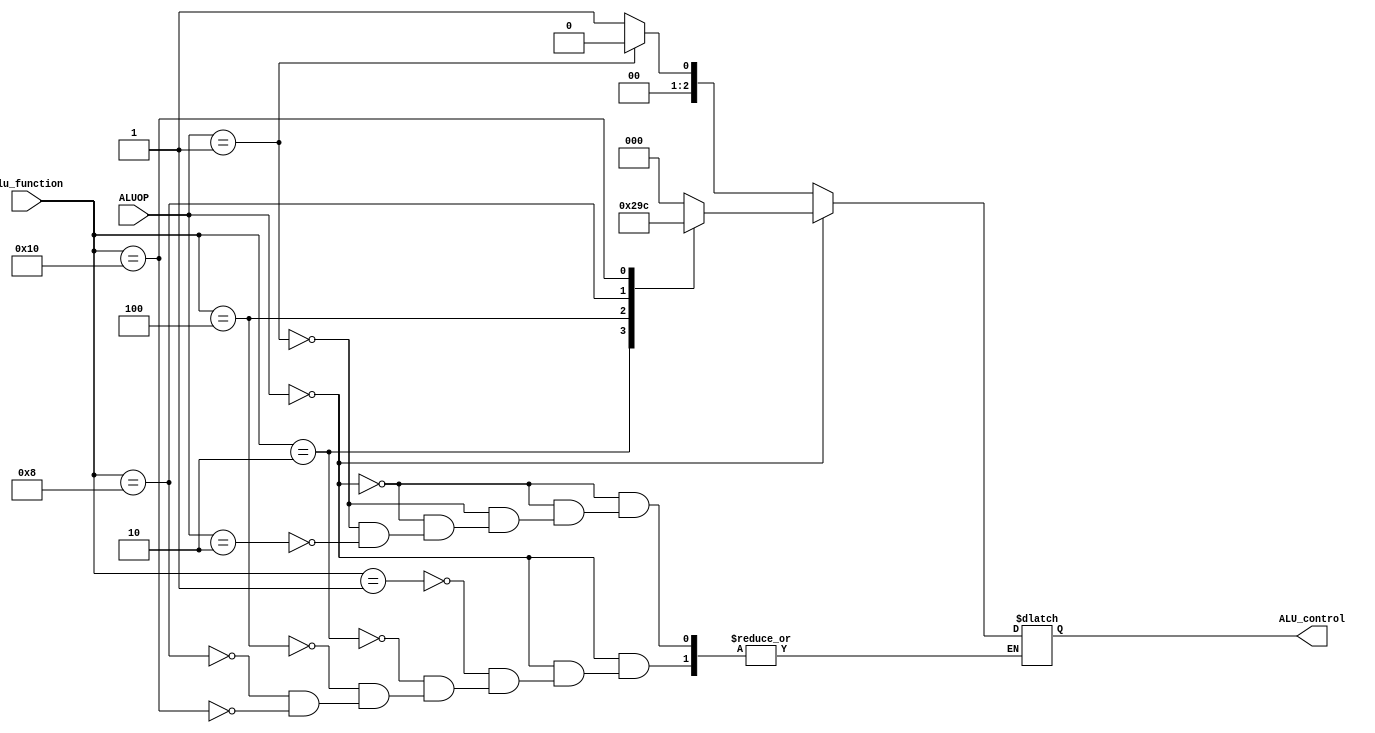
`timescale 1ns/1ns

`define  Add 6'b000001
`define  Sub 6'b000010
`define  And 6'b000100
`define  Or 6'b001000
`define  Slt 6'b010000

`define  R_TYPE 6'd0
`define  Addi 6'd1
`define  Slti 6'd2
`define  Lw 6'd3
`define  Sw 6'd4
`define  Beq 6'd5
`define  J 6'd6
`define  Jr 6'd7
`define  Jal 6'd8

`define RT 2'd0
`define SLA 2'd1
`define SB 2'd2

module ALU_controller(ALUOP, alu_function, ALU_control);
	input [1:0] ALUOP;
	input [5:0] alu_function;
	output [2:0] ALU_control;
	reg [2:0] ALU_control;
	always @(ALUOP, alu_function)begin
		if(ALUOP == `RT)
			case(alu_function)
				`Add:ALU_control = 3'd0;
				`Sub:ALU_control = 3'd1;
				`And:ALU_control = 3'd2;
				`Or:ALU_control = 3'd3;
				`Slt:ALU_control = 3'd4;
			endcase
		else if(ALUOP == `SLA)
			ALU_control = 3'd0;
		else if(ALUOP == `SB)
			ALU_control = 3'd1;
	end
endmodule

module main_controller(ctrl_in, sel_wr_2, sel_wr_1, RegWrite, sel_B, ALUOP, MemRead, MemWrite, MemtoReg, branch, sel_data, sel_pc_1, pc_src, slt_sel);
	input [31:0]ctrl_in;
	output sel_wr_2, sel_wr_1, RegWrite, sel_B, MemRead, MemWrite, MemtoReg, branch, sel_data, sel_pc_1, pc_src, slt_sel;
	output [1:0] ALUOP;
	reg sel_wr_2, sel_wr_1, RegWrite, sel_B, MemRead, MemWrite, MemtoReg, branch, sel_data, sel_pc_1, pc_src, slt_sel;
	reg [1:0] ALUOP;
	always@(ctrl_in) begin
		if(ctrl_in[31:26] == `R_TYPE & ctrl_in[5:0] == `Slt)begin
			{sel_wr_2, sel_wr_1, RegWrite, sel_B, MemRead, MemWrite, branch, pc_src, slt_sel} = 9'b101000001; ALUOP=2'b00;end
		else
			begin{sel_wr_2, sel_wr_1, RegWrite, sel_B, MemRead, MemWrite, MemtoReg, branch, sel_data, pc_src, slt_sel} = 11'b10100000100;ALUOP=2'b00;end
		case(ctrl_in[31:26])
			`Addi:begin{sel_wr_2, sel_wr_1, RegWrite, sel_B, MemRead, MemWrite, MemtoReg, branch, sel_data, pc_src, slt_sel} = 11'b00110000100; ALUOP=2'b01;end
			`Slti:begin{sel_wr_2, sel_wr_1, RegWrite, sel_B, MemRead, MemWrite, MemtoReg, branch, pc_src, slt_sel} = 10'b0011001001;ALUOP=2'b10;end
			`Lw:begin{sel_wr_2, sel_wr_1, RegWrite, sel_B, MemRead, MemWrite, MemtoReg, branch, sel_data, pc_src, slt_sel} = 11'b00111010100;ALUOP=2'b01;end
			`Sw:begin{RegWrite, sel_B, MemRead, MemWrite, branch, pc_src} = 6'b010100;ALUOP=2'b01;end
			`Beq:begin{RegWrite, sel_B, MemRead, MemWrite, branch, pc_src} = 6'b000010;ALUOP=2'b10;end
			`J:begin{RegWrite, MemRead, MemWrite, branch, sel_pc_1, pc_src} = 6'b000011;end
			`Jr:begin{RegWrite, MemRead, MemWrite, branch, sel_pc_1, pc_src} = 6'b000001;end
			`Jal:begin{sel_wr_1, RegWrite, MemRead, MemWrite, branch, sel_data, sel_pc_1, pc_src, slt_sel} = 9'b110000110;end
		endcase
	end
endmodule